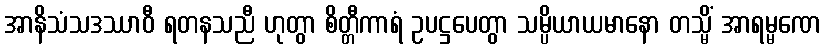
အာနိသံသဒဿာဝီ ရတနသညီ ဟုတွာ စိတ္တီကာရံ ဥပဋ္ဌပေတွာ သမ္ပိယာယမာနော တသ္မိံ အာရမ္မဏေ